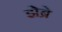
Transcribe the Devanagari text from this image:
झेब्रे